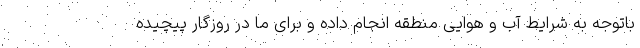
باتوجه به شرایط آب و هوایی منطقه انجام داده و برای ما در روزگار پیچیده